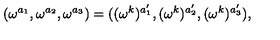
( \omega ^ { a _ { 1 } } , \omega ^ { a _ { 2 } } , \omega ^ { a _ { 3 } } ) = ( ( \omega ^ { k } ) ^ { a _ { 1 } ^ { \prime } } , ( \omega ^ { k } ) ^ { a _ { 2 } ^ { \prime } } , ( \omega ^ { k } ) ^ { a _ { 3 } ^ { \prime } } ) ,